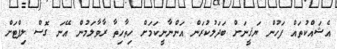
އެޝައްކުތައް ފަހުން ޔަޤީނަށް ބަދަލުކުރަން އަންނާނީކަމަށް ހިތާހިތާ ރާވާލަމުން އޭނަ ގޮސް ލިފްޓަށް